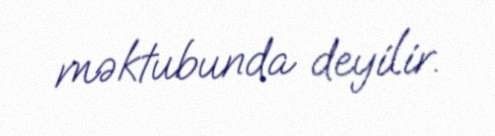
məktubunda deyilir.